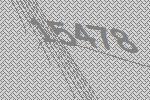
15478